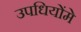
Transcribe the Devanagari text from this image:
उपधियोंमे